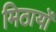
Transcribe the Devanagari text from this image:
मिठायों